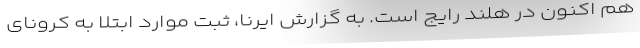
هم اکنون در هلند رایج است. به گزارش ایرنا، ثبت موارد ابتلا به کرونای